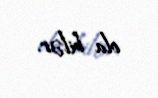
ola bilər.